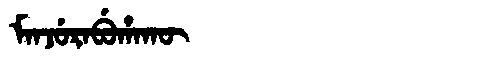
Manchu: ᠮᠠᠨᠵᡠᡵᠠᠪᡠᡥᠠᡴᡡ
Romanization: MANJURABUHAKŪ